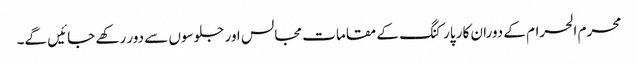
محرم الحرام کے دوران کار پارکنگ کے مقامات مجالس اور جلوسوں سے دور رکھے جائیں گے۔